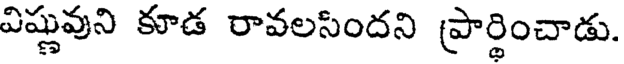
విష్ణువుని కూడ రావలసిందని ప్రార్థించాడు.